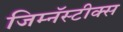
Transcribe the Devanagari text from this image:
जिम्नॅस्टीक्स